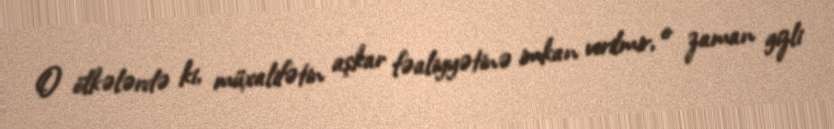
O ölkələrdə ki, müxalifətin aşkar fəaliyyətinə imkan verilmir, o zaman gizli